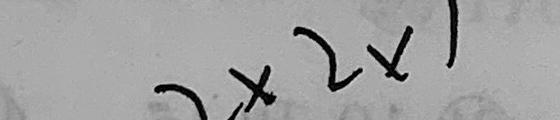
2 \times 2 \times 1